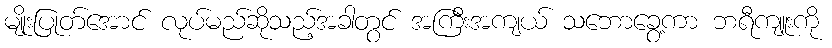
မျိုးပြုတ်အောင် လုပ်မည်ဆိုသည့်အခါတွင် အကြီးအကျယ် သဘောခွေ့ကာ ဘရီကျူးကို